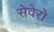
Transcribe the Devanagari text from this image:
सेवेरो